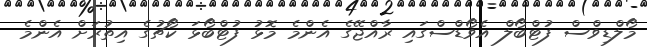
މޯލްޑިވްސް ފުޓްބޯލް އެވޯޑްސްގައި ރާއްޖޭގެ އެންމެ މޮޅު ފުޓްބޯޅަ ކޯޗުގެ އިތުރަށް އެންމެ